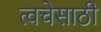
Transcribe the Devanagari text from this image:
त्वचेसाठी